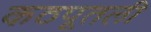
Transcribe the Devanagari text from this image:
कठपूतली